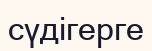
сүдігерге